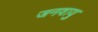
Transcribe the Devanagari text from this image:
जनवायु